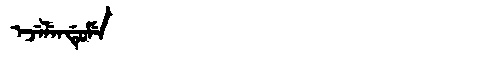
Manchu: ᡝᠵᡝᠯᡝᠨᡩᡠᠮᡝ
Romanization: EJELENDUME